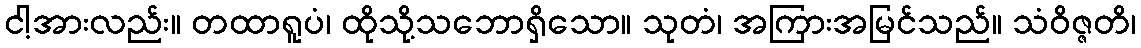
ငါ့အားလည်း။ တထာရူပံ၊ ထိုသို့သဘောရှိသော။ သုတံ၊ အကြားအမြင်သည်။ သံဝိဇ္ဇတိ၊